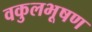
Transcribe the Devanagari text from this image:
वकुलभूषण